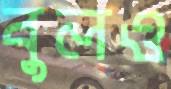
বুলও